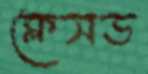
ক্লেসড